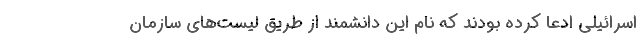
اسرائیلی ادعا کرده بودند که نام این دانشمند از طریق لیست‌های سازمان